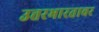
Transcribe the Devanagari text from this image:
उत्तरभारतावर